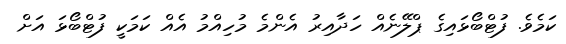
ކަމެވެ. ފުޓްބޯޅައިގެ ޕްލޭނެއް ހަދާއިރު އެންމެ މުހިއްމު އެއް ކަަމަކީ ފުޓްބޯޅަ އަށް